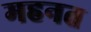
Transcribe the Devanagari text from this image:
महनत